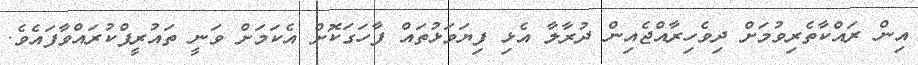
އިން ރައްކާތެރިވުމަށް ދިވެހިރާއްޖެއިން ދުރާލާ އެޅި ފިޔަވަޅުތައް ފާހަގަކޮށް އެކަމަށް ވަނީ ތައުރީފްކުރައްވާފައެވެ.